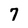
Character: 7